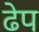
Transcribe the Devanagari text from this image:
ढेप